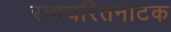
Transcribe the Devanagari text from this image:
रामचरितनाटक